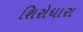
શિરોધારા